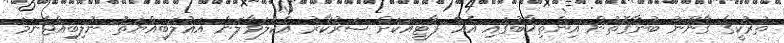
ތުރުކީގެ ގާނޫނު ބުނާގޮތުން އިންތިޚާބުގައި އެއް ޕާޓީއަކަށް ސަރުކާރު އެކުލަވާލަން އަޣުލަބިއްޔަތު ނުލިބިއްޖެނަމަ